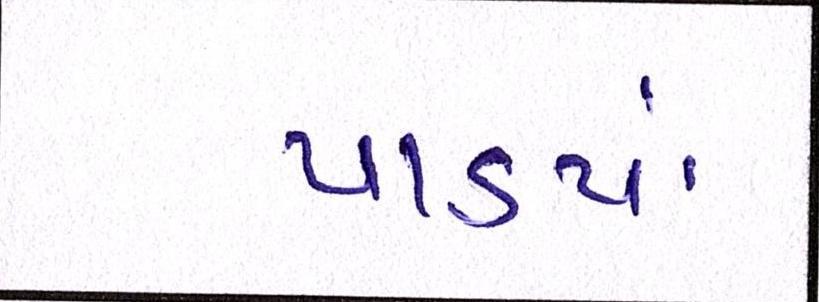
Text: પાડ્યાં